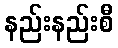
နည်းနည်းစီ